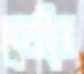
মুনাছির